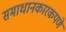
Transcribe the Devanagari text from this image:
समाधानकारकपणे